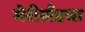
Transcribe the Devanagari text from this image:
मेरीलँडचा